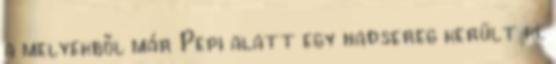
a melyekből már Pepi alatt egy hadsereg került ki.